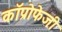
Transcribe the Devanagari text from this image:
कॉप्रोफेजी